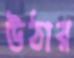
উঠার